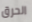
الحرق